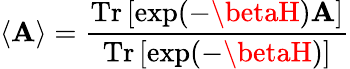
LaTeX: \langle\mathbf{A}\rangle={\frac{{{\mathrm{{Tr}}}\, [\exp(-\betaH)\mathbf{A}]}}{{{\mathrm{{Tr}}}\, [\exp(-\betaH)]}}}